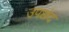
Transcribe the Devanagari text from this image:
उपछंद